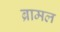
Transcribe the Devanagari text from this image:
ब्रामल